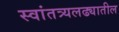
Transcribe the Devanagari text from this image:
स्वांतत्र्यलढ्यातील